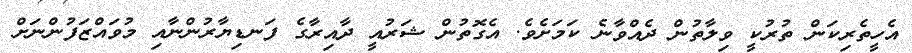
އެހީތެރިކަން ތުރުކީ ވިލާތުން ދެއްވާނެ ކަމަށެވެ. އެގޮތުން ޝަރުއީ ދާއިރާގެ ފަނޑިޔާރުންނާއި މުވައްޒަފުންނަށް